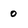
Character: o